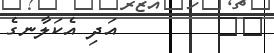
١٦        އަދި އެކަލާނގެ